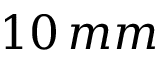
1 0 \, m m